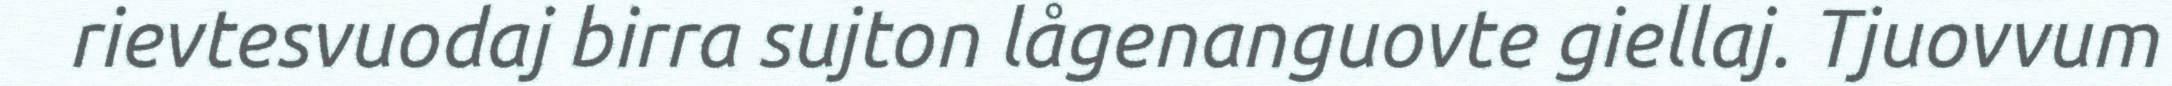
rievtesvuodaj birra sujton lågenanguovte giellaj. Tjuovvum